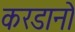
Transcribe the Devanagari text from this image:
करडानो